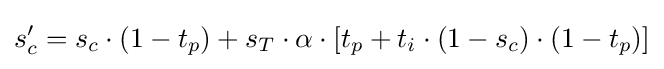
s'_{c}=s_{c}\cdot (1-t_{p})+s_{T}\cdot \alpha \cdot [t_{p}+t_{i}\cdot (1-s_{c})\cdot (1-t_{p})]